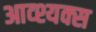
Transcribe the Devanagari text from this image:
आव्श्यक्स